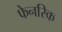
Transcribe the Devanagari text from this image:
फेनरिक